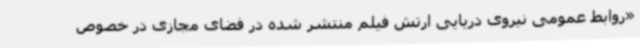
«روابط عمومی نیروی دریایی ارتش فیلم منتشر شده در فضای مجازی در خصوص